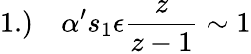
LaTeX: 1.)\quad\alpha^{\prime}s_{1}\epsilon\frac z{z-1}\sim 1